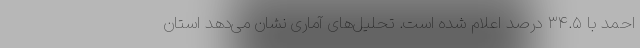
احمد با ۳۴.۵ درصد اعلام شده است. تحلیل‌های آماری نشان می‌دهد استان